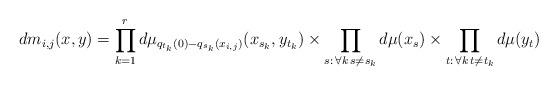
LaTeX: \begin{align*}dm_{i,j}(x,y)=\prod_{k=1}^rd\mu_{q_{t_k}(0)-q_{s_k}(x_{i,j})}(x_{s_k},y_{t_k})\times\prod_{s:\, \forall k\,s\neq s_k}d\mu(x_s)\times\prod_{t:\,\forall k\,t\neq t_k}d\mu(y_t)\end{align*}